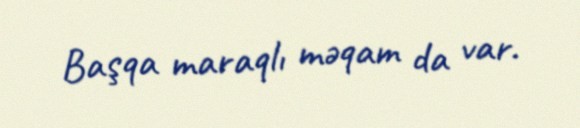
Başqa maraqlı məqam da var.